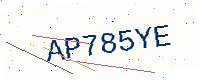
Text: AP785YE